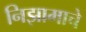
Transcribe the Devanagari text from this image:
निझामाचे